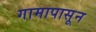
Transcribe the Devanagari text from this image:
गामापासून